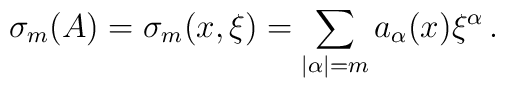
\sigma _m (A)=\sigma _m (x,\xi)=\sum_{|\alpha|= m} a_{\alpha}(x){\xi}^{\alpha}\,.